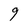
Character: 9